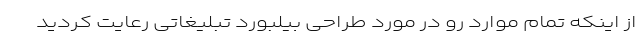
از اینکه تمام موارد رو در مورد طراحی بیلبورد تبلیغاتی رعایت کردید